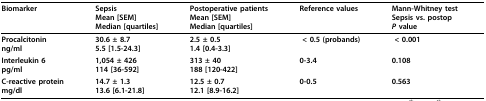
<table><thead><tr><td><b>Biomarker</b></td><td><b>SepsisMean [SEM]Median [quartiles]</b></td><td><b>Postoperative patientsMean [SEM]Median [quartiles]</b></td><td><b>Reference values</b></td><td><b>Mann-Whitney testSepsis vs. postop<i>P </i>value</b></td></tr></thead><tbody><tr><td><b>Procalcitonin</b>ng/ml</td><td><b>30.6 ± 8.7</b><b>5.5 [1.5-24.3]</b></td><td><b>2.5 ± 0.5</b><b>1.4 [0.4-3.3]</b></td><td><b> &lt; 0.5 (probands)</b></td><td><b> &lt; 0.001</b></td></tr><tr><td><b>Interleukin 6</b>pg/ml</td><td><b>1,054 ± 426</b><b>114 [36-592]</b></td><td><b>313 ± 40</b><b>188 [120-422]</b></td><td><b>0-3.4</b></td><td><b>0.108</b></td></tr><tr><td><b>C-reactive protein</b>mg/dl</td><td><b>14.7 ± 1.3</b><b>13.6 [6.1-21.8]</b></td><td><b>12.5 ± 0.7</b><b>12.1 [8.9-16.2]</b></td><td><b>0-0.5</b></td><td><b>0.563</b></td></tr></tbody></table>